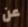
عن